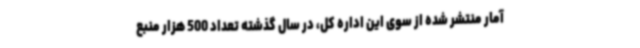
آمار منتشر شده از سوی این اداره کل، در سال گذشته تعداد 500 هزار منبع